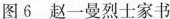
图6赵一曼烈士家书